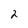
Character: 2